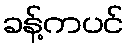
ခန့်ကပင်